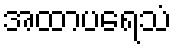
အထာပရေသံ